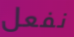
نفعل